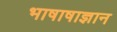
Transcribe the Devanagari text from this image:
भाषाषाज्ञान